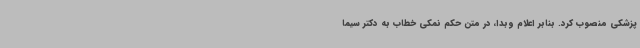
پزشکی منصوب کرد. بنابر اعلام وبدا، در متن حکم نمکی خطاب به دکتر سیما